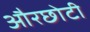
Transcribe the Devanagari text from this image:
औरछोटी